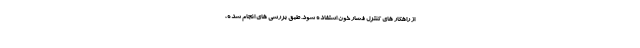
از راهکار های کنترل فشار خون استفاده شود. طبق بررسی های انجام شده،